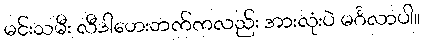
မင်းသမီး လီဒါဟေးဘက်ကလည်း အားလုံးပဲ မင်္ဂလာပါ။